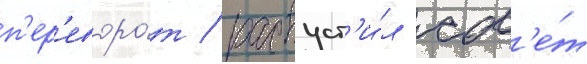
п'ер'еворо́т / распуст'и́л сов'е́т